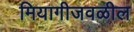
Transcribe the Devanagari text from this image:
मियागीजवळील